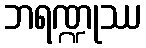
ဘရဏ္ဍုဿ